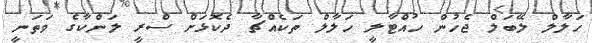
ހަލާލް ލޭބަލް ޖެހުން ހުއްޓާލީ ހަލާލް ތަކެއްޗާ ދެކޮޅަށް ސްރީ ލަންކާގެ ވަތަނީ